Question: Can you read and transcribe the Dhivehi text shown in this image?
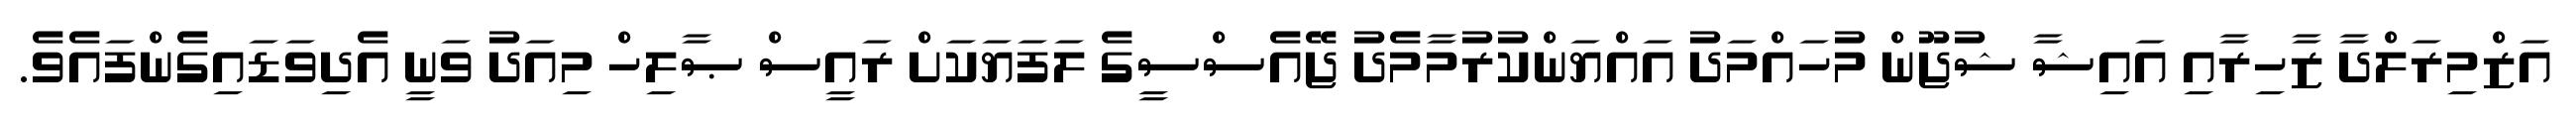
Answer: އަޒްމިރަލްދާ ޒާހިރާއި އައިޝާ ޝުޖޫން މުހައްމަދު އައްޔަންކުރުމާމެދު ޖޭއެސްސީގެ ލަފަޔަކަށް ރައީސް ޞާލިހް މިއަދު ވަނީ އެދިވަޑައިގެންފައެވެ.